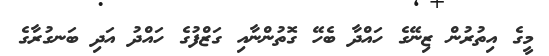
މީގެ އިތުރުން ޒިނޭގެ ހައްދާ ބެހޭ ގޮތުންނާއި ގަޒްފުގެ ހައްދު އަދި ބަނގުރާގެ